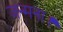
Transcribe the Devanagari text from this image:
जन्मना।